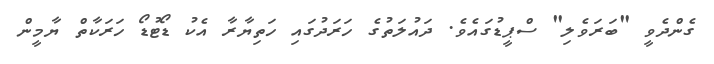
ގެންދެވީ "ބަރަވެލި" ސްޕީޑުގައެވެ. ދައުލަތުގެ ހަރަދުގައި ހަތިޔާރާ އެކު ޑޯޓުޑޯ ހަރަކާތް ޔާމީން